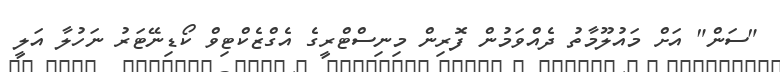
"ސަން" އަށް މައުލޫމާތު ދެއްވަމުން ފޮރިން މިނިސްޓްރީގެ އެގްޒެކްޓިވް ކޯޑިނޭޓަރު ނަހުލާ އަލީ